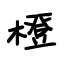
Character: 橙